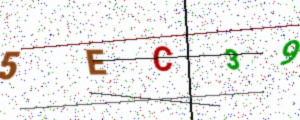
Text: 5EC39